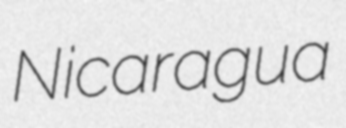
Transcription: Nicaragua